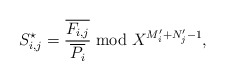
\begin{align*} S^\star_{i,j} = \frac{\overline{F_{i,j}}}{ \overline {P_i}} \bmod X^{M'_i+N'_j-1}, \end{align*}